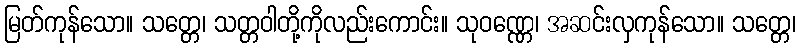
မြတ်ကုန်သော။ သတ္တေ၊ သတ္တဝါတို့ကိုလည်းကောင်း။ သုဝဏ္ဏေ၊ အဆင်းလှကုန်သော။ သတ္တေ၊